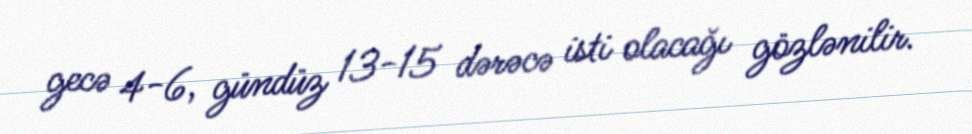
gecə 4-6, gündüz 13-15 dərəcə isti olacağı gözlənilir.